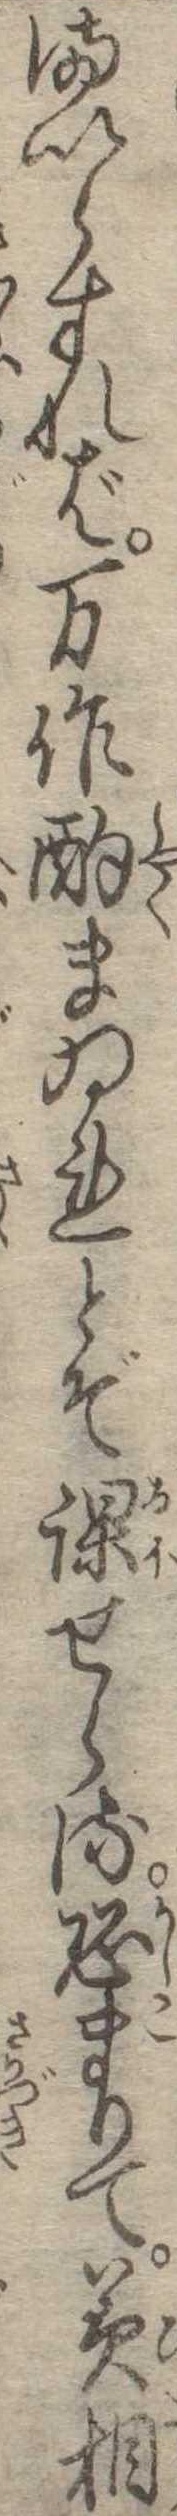
まいらすれば万作酌まゐれとぞ課せらる恐まりて美相